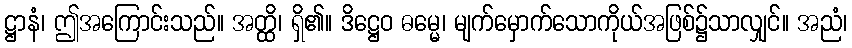
ဋ္ဌာနံ၊ ဤအကြောင်းသည်။ အတ္ထိ၊ ရှိ၏။ ဒိဋ္ဌေဝ ဓမ္မေ၊ မျက်မှောက်သောကိုယ်အဖြစ်၌သာလျှင်။ အညံ၊